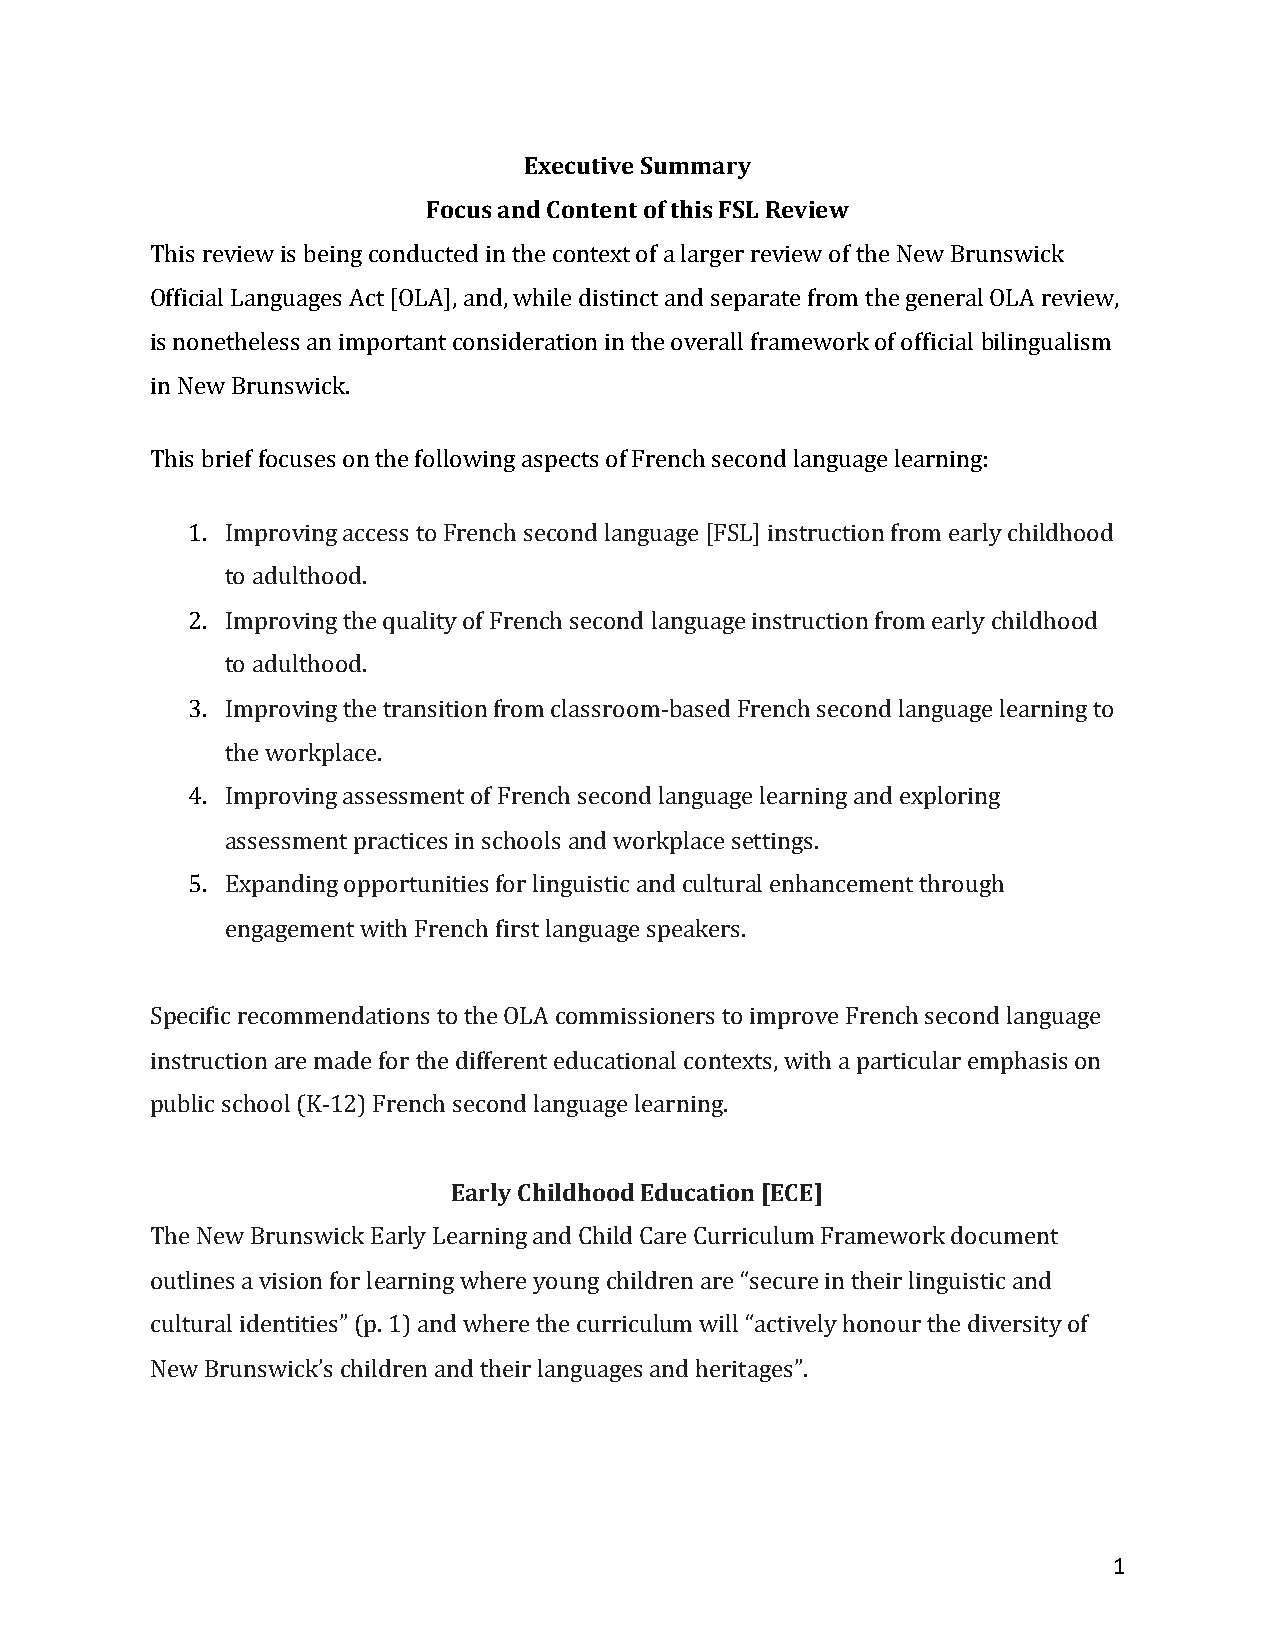
Executive Summary
 Focus and Content of this FSL Review
 This review is being conducted in the context of a larger review of the New Brunswick
 Official Languages Act [OLA], and, while distinct and separate from the general OLA review,
 is nonetheless an important consideration in the overall framework of official bilingualism
 in New Brunswick.
 This brief focuses on the following aspects of French second language learning:
 1. Improving access to French second language [FSL] instruction from early childhood
 to adulthood.
 2. Improving the quality of French second language instruction from early childhood
 to adulthood.
 3. Improving the transition from classroom-based French second language learning to
 the workplace.
 4. Improving assessment of French second language learning and exploring
 assessment practices in schools and workplace settings.
 5. Expanding opportunities for linguistic and cultural enhancement through
 engagement with French first language speakers.
 Specific recommendations to the OLA commissioners to improve French second language
 instruction are made for the different educational contexts, with a particular emphasis on
 public school (K-12) French second language learning.
 Early Childhood Education [ECE]
 The New Brunswick Early Learning and Child Care Curriculum Framework document
 outlines a vision for learning where young children are “secure in their linguistic and
 cultural identities” (p. 1) and where the curriculum will “actively honour the diversity of
 New Brunswick’s children and their languages and heritages”.
 1